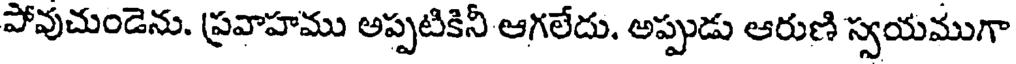
పోవుచుండెను. ప్రవాహము అప్పటికినీ ఆగలేదు. అప్పుడు ఆరుణి స్వయముగా